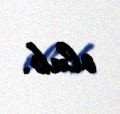
olub.